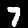
Digit: 7